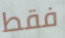
فقط